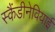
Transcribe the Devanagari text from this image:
स्कैंडीनेवियाई